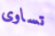
تساوى